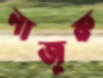
নাজুক